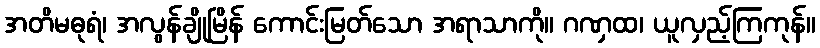
အတိမဓုရံ၊ အလွန်ချိုမြိန် ကောင်းမြတ်သော အရာသာကို။ ဂဏှထ၊ ယူလှည့်ကြကုန်။